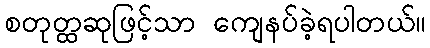
စတုတ္ထဆုဖြင့်သာ ကျေနပ်ခဲ့ရပါတယ်။